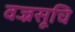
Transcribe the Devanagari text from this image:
वज्रसूचि